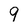
Character: 9